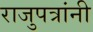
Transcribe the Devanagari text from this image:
राजुपत्रांनी